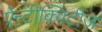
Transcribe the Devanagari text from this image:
ऐंन्टीक्विटीज